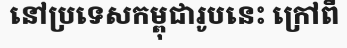
នៅប្រទេសកម្ពុជារូបនេះ ក្រៅពី